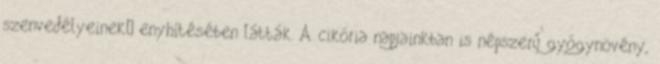
szenvedélyeinek enyhítésében látták. A cikória napjainkban is népszerű gyógynövény,